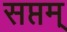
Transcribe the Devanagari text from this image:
सप्तम्‌